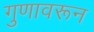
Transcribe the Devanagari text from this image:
गुणावरून